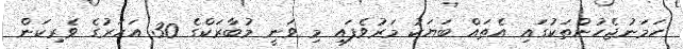
ހަމަނުޖެހުންތަކުގައި އެތައް ބަޔަކު މަރުވެފައި މި ވަނީ މުބާރަކްގެ 30 އަހަރުގެ ވެރިކަން